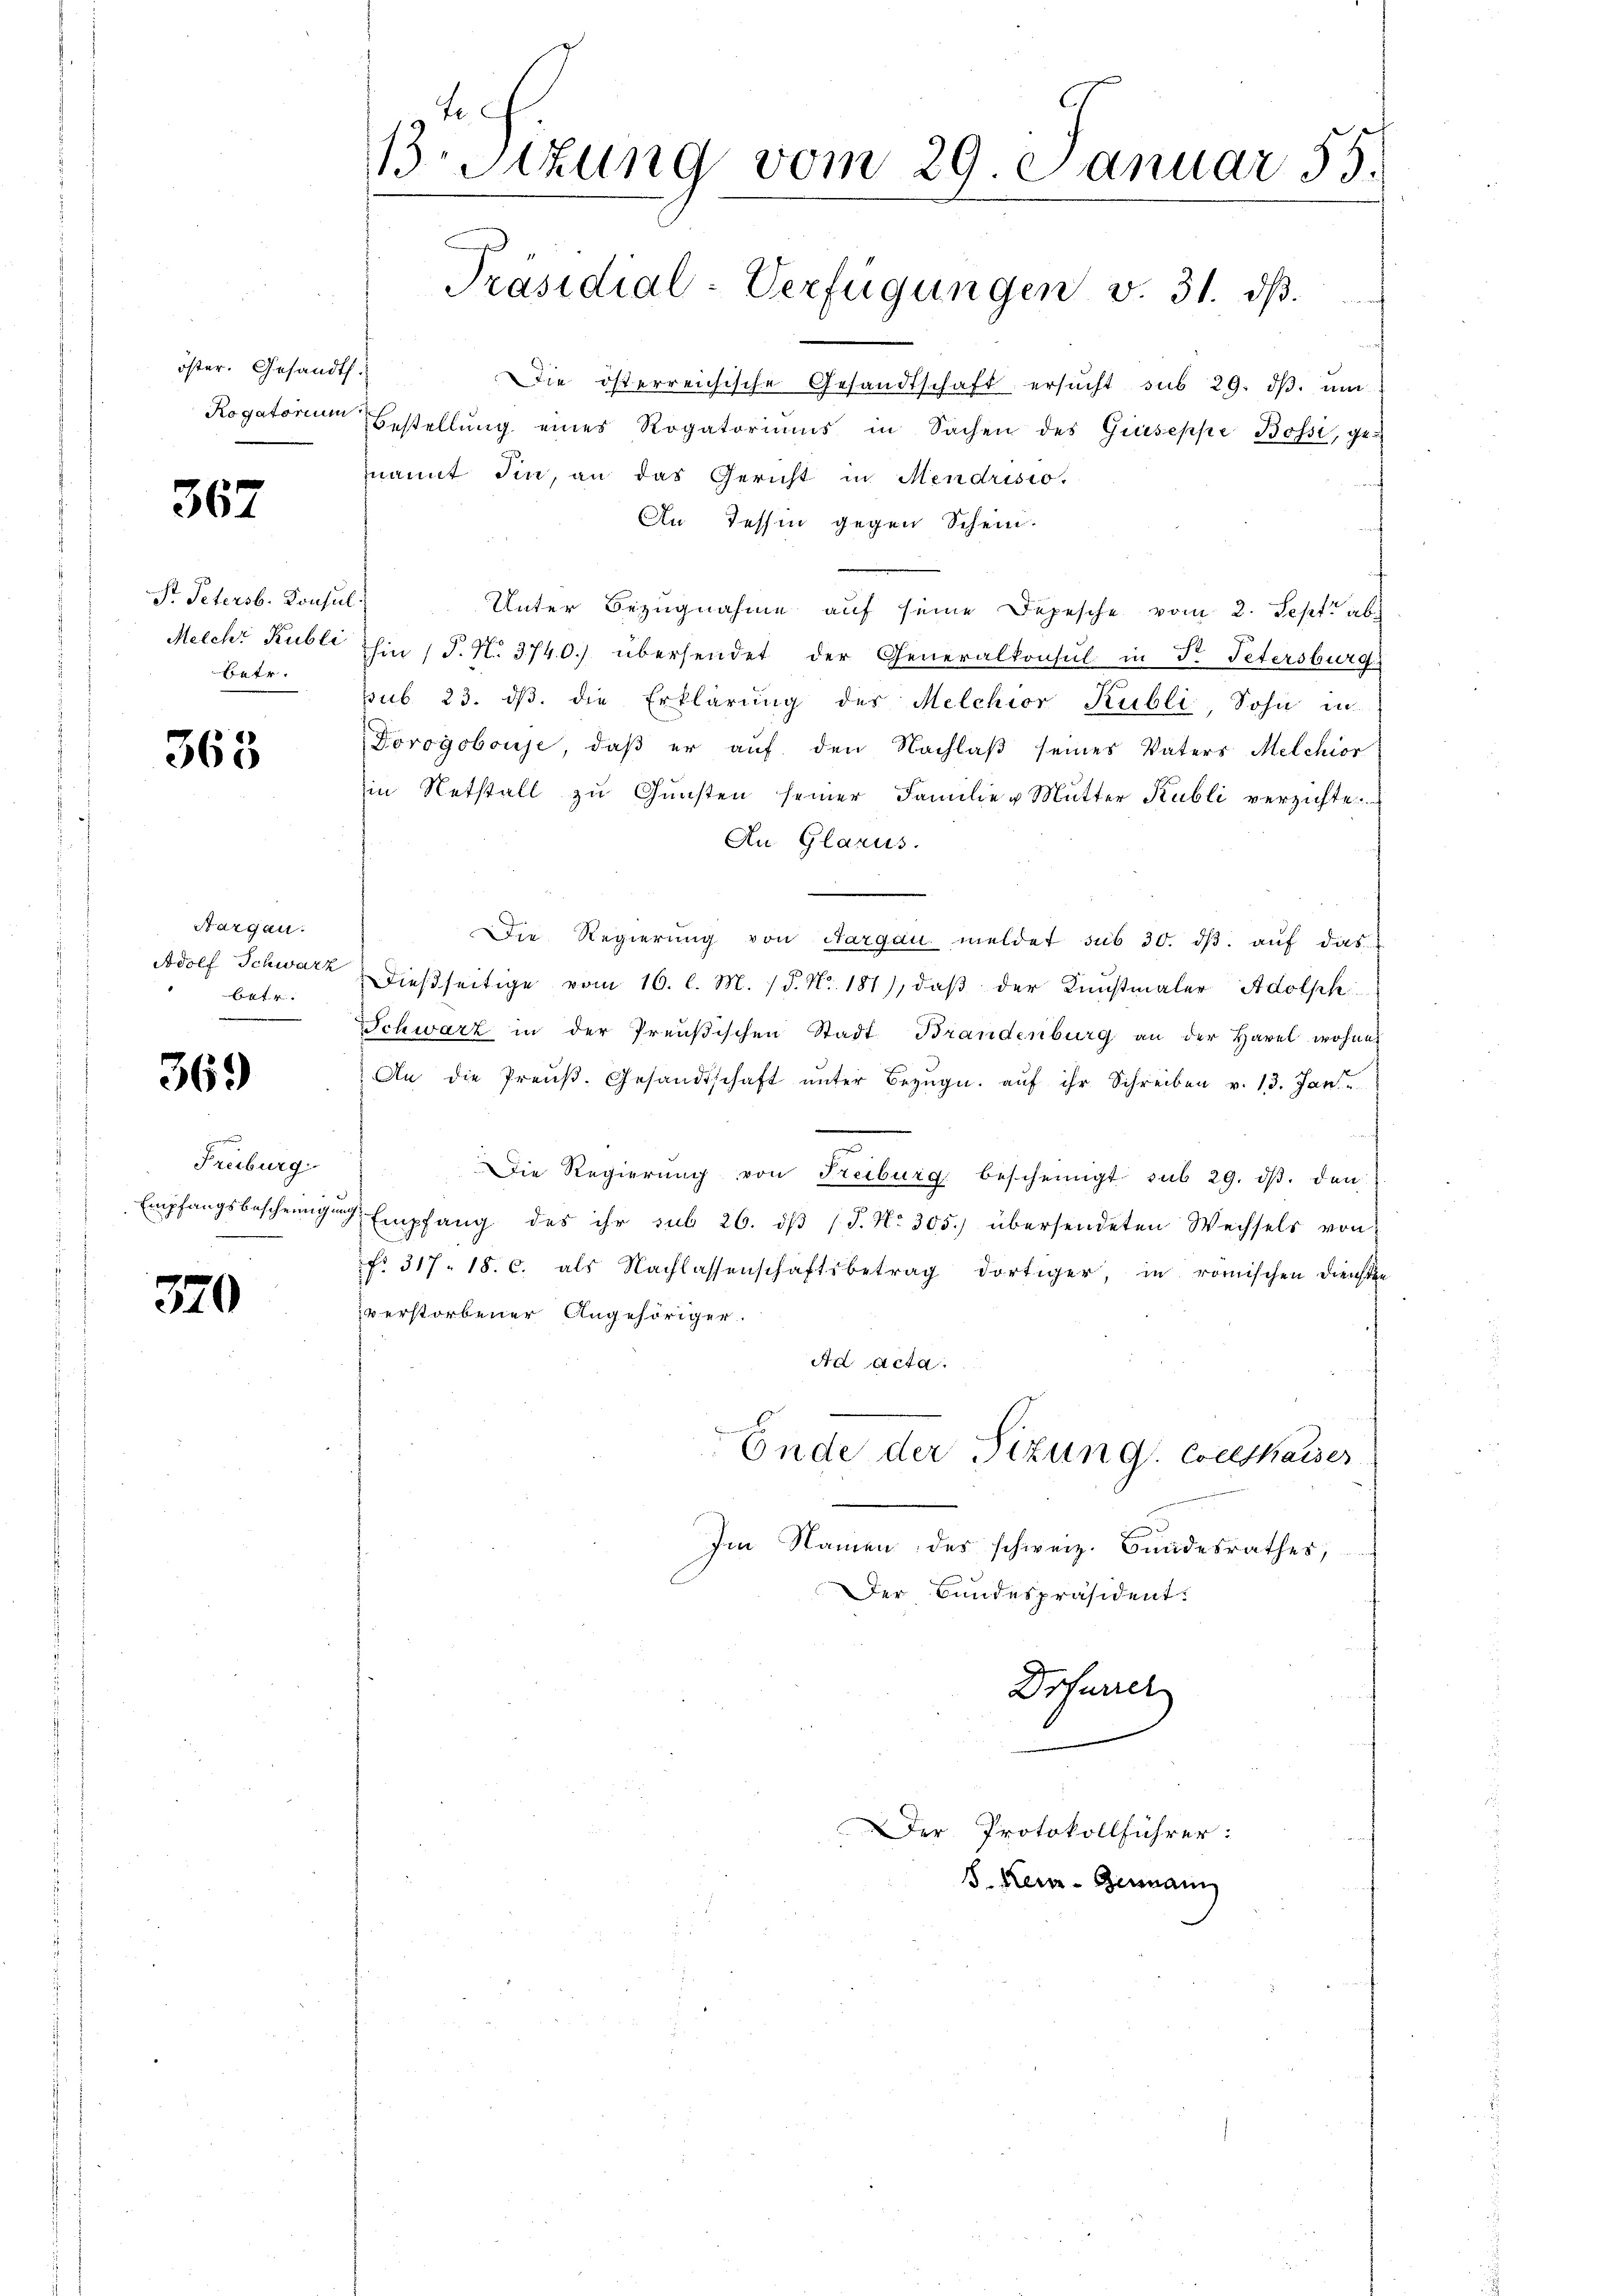
öster. Gesandt.
Rogatorium

367

Pr. Petersb. Konsul
betr.

363

Aargau.
Adolf Schwarz
betr.

369)

e
Freiburg
Empfangsbescheinigen

370

te
13 Stzung vom 29. Januar 55.
Präsidial-Verfügungen v. 31. dβ.

Ddie österreichische Gesandtschaft ersucht sub 29. dβ. um
Bestellung eines Rogatoriums in Sachen des Giuseppe Bossi, ge-
nannt die, an das Gericht in Mendrisio.
An Tessin gegen Schein.
Unter Bezugnahme auf seine Depesche vom 2. Sept. ab
Melche Kubli in P. N. 3740.) übersendet der Generalkonsul in Fr. Petersburg
pub. 23. dβ. die Erklärung des Melchior Kubli, Sohn in
Forogobouse, daß er auf den Nachlaß seines Vaters Melchior
in Netstall zu Gunsten seiner Familie u Mutter Kubli verzichte.
An Glarus.
die Regierung von Aargau meldet sub 30. dβ. auf das
Dießseitige vom 16. l. M. (d. N. 181), daß der Kunstmaler Adolph
Schwarz in der Preußischen Stadt Brandenburg an der Havel wohner
An die Preuß. Gesandtschaft ŭnter Bezŭg. auf ihr Schreiben v. 13. Jan
Die Regierŭng von Freiburg bescheinigt sub 29. dβ. den
Empfang des ihr sub 26. dβ (T. No. 305.) übersendeten Wechsels von
No. 317. 18. c. als Nachlassenschaftsbetrag dortiger, in römischen Diensten
verstorbener Angehöriger.
Ad Acta.
Ende der Sitzung Coelskaiser
Im Namen des schweiz. Bundesrathes,
Der Bundespräsident.
Drfurer

Der Protokollführer:
8. Heu- Genann